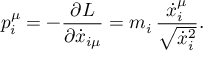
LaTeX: p _ { i } ^ { \mu } = - { \frac { \partial { \cal L } } { \partial { \dot { x } } _ { i \mu } } } = m _ { i } \, { \frac { { \dot { x } } _ { i } ^ { \mu } } { \sqrt { { \dot { x } } _ { i } ^ { 2 } } } } .